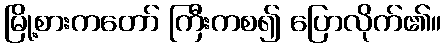
မြို့စားကတော် ကြီးကစ၍ ပြောလိုက်၏။